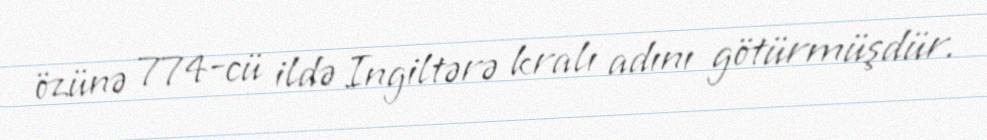
özünə 774-cü ildə Ingiltərə kralı adını götürmüşdür.